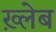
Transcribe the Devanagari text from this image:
ख़्लेब